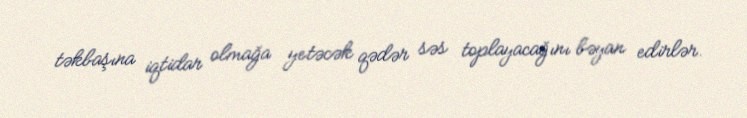
təkbaşına iqtidar olmağa yetəcək qədər səs toplayacağını bəyan edirlər.